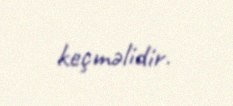
keçməlidir.